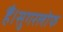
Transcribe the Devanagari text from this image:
हैं।सुगरलोफ